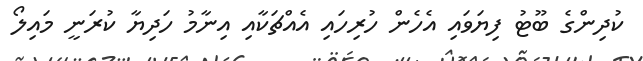
ކުދިންގެ ބޫޓު ފިޔަވައި އެހެން ހުރިހައި އެއްޗަކާއި އިނާމު ހަދިޔާ ކުރަނީ މައިލޯ